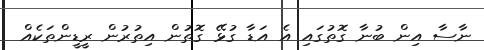
ނާސާ އިން ބުނާ ގޮތުގައި އެ އަޑާ ގުޅޭ ގޮތުން އިތުރުން ރީޑީންތަކެއް